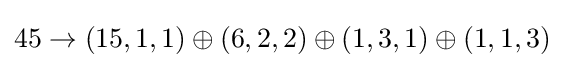
45\rightarrow (15,1,1)\oplus (6,2,2)\oplus (1,3,1)\oplus (1,1,3)